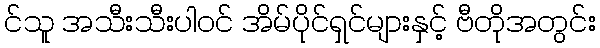
င်သူ အသီးသီးပါဝင် အိမ်ပိုင်ရှင်များနှင့် ဗီတိုအတွင်း